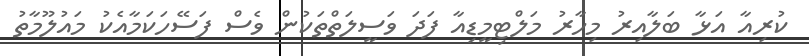
ކުރިއާ އަޅާ ބަލާއިރު މިހާރު މަލްޓިމީޑިއާ ފަދަ ވަސީލަތްތަކުން ވެސް ފަސޭހަކަމާއެކު މައުލޫމާތު